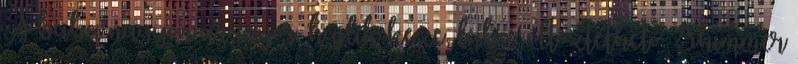
A baba nagyon aranyos, hajlik keze, lába, öltöztethető. Shimmer